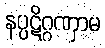
နပ္ပဋိဂ္ဂဏှာမ